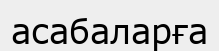
асабаларға